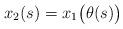
LaTeX: \begin{align*}x_2(s)=x_1\big(\theta(s)\big)\end{align*}